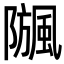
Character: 𩗧